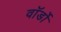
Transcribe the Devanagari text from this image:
वॉर्डो